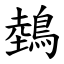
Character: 鵱